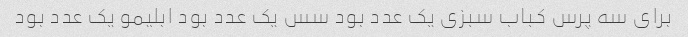
برای سه پرس کباب سبزی یک عدد بود سس یک عدد بود ابلیمو یک عدد بود